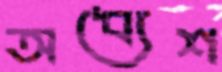
অধ্যেশ